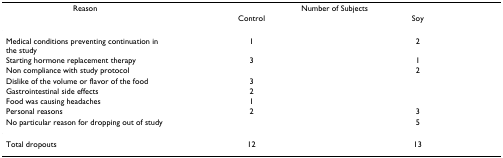
<table><thead><tr><td><b>Reason</b></td><td colspan="2"><b>Number of Subjects</b></td></tr><tr><td></td><td><b>Control</b></td><td><b>Soy</b></td></tr></thead><tbody><tr><td>Medical conditions preventing continuation in the study</td><td>1</td><td>2</td></tr><tr><td>Starting hormone replacement therapy</td><td>3</td><td>1</td></tr><tr><td>Non compliance with study protocol</td><td></td><td>2</td></tr><tr><td>Dislike of the volume or flavor of the food</td><td>3</td><td></td></tr><tr><td>Gastrointestinal side effects</td><td>2</td><td></td></tr><tr><td>Food was causing headaches</td><td>1</td><td></td></tr><tr><td>Personal reasons</td><td>2</td><td>3</td></tr><tr><td>No particular reason for dropping out of study</td><td></td><td>5</td></tr><tr><td>Total dropouts</td><td>12</td><td>13</td></tr></tbody></table>